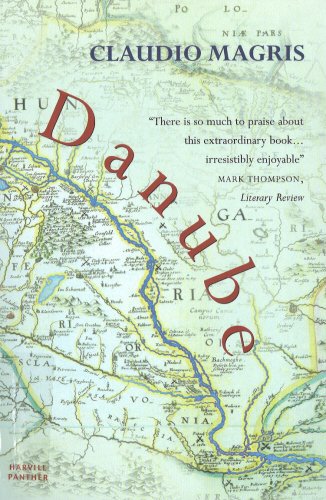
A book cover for Danube (Panther); Claudio Magris; Travel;